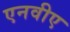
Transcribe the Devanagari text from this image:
एनवीए